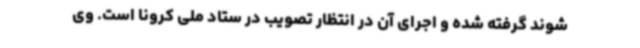
شوند گرفته شده و اجرای آن در انتظار تصویب در ستاد ملی کرونا است. وی